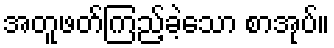
အတူဖတ်ကြည့်ခဲ့သော စာအုပ်။